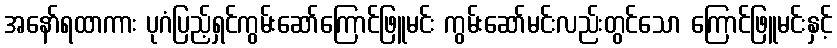
အနော်ရထာကား ပုဂံပြည့်ရှင်ကွမ်းဆော်ကြောင်ဖြူမင်း ကွမ်းဆော်မင်းလည်းတွင်သော ကြောင်ဖြူမင်းနှင့်